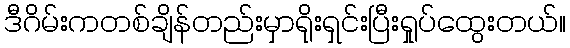
ဒီဂိမ်းကတစ်ချိန်တည်းမှာရိုးရှင်းပြီးရှုပ်ထွေးတယ်။